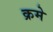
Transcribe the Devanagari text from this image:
क्रमे